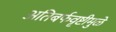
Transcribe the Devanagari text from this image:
अतिबर्फवृष्टीमुळे